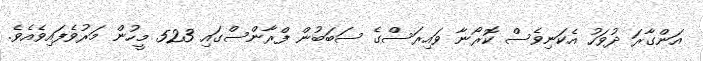
އަންގާރަ ދުވަހު އެކަނިވެސް ކޮރޯނާ ވައިރަސްގެ ސަބަބުން ފްރާންސްގައި 523 މީހުން މަރުވެފައިވެއެވެ.